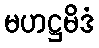
မဟဋ္ဌမိဒံ